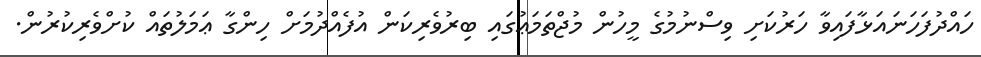
ހައްދުފަހަނައަޅާފައިވާ ހަރުކަށި ވިސްނުމުގެ މީހުން މުޖްތަމަޢުގައި ބިރުވެރިކަން އުފެއްދުމަށް ހިންގާ ޢަމަލުތައް ކުށްވެރިކުރުން.